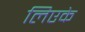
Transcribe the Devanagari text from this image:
लिएके